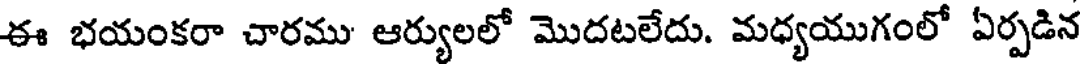
ఈ భయంకరా చారము ఆర్యులలో మొదటలేదు. మధ్యయుగంలో ఏర్పడిన